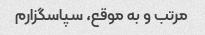
مرتب و به موقع، سپاسگزارم